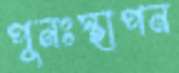
পুনঃস্থাপন